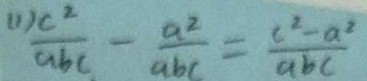
( 1 ) \frac { c ^ { 2 } } { a b c } - \frac { a ^ { 2 } } { a b c } = \frac { c ^ { 2 } - a ^ { 2 } } { a b c }